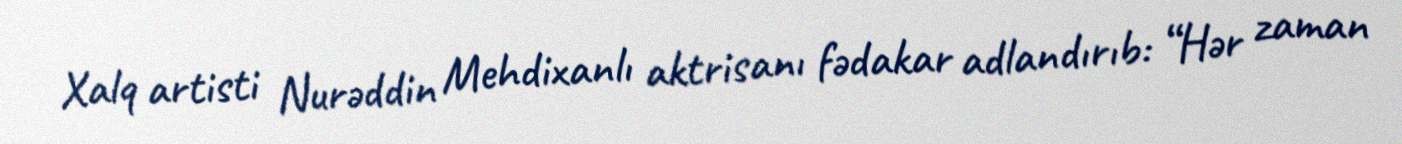
Xalq artisti Nurəddin Mehdixanlı aktrisanı fədakar adlandırıb: “Hər zaman